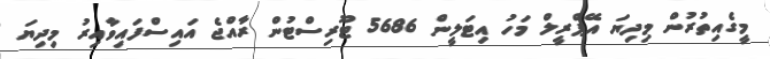
މީގެއިތުރުން މިދިޔަ އޭޕްރީލް މަހު އިޓަލީން 5686 ޓޫރިސްޓުން ރާއްޖެ އައިސްފައިވާއިރު މިދިޔަ